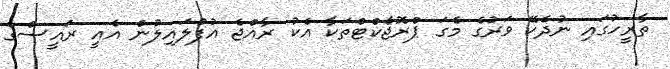
ތާރީހުގައި ނުދެކޭ ވަރުގެ މެގަ ޕްރޮޖެކްޓްތަކާ އެކު ރާއްޖެ އުފުލައިލުން އެއީ ރައީސްގެ